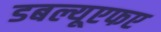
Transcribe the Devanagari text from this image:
डबल्यूएफए